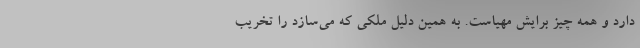
دارد و همه چیز برایش مهیاست. به همین دلیل ملکی که می‌سازد را تخریب